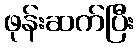
ဖုန်းဆက်ပြီး